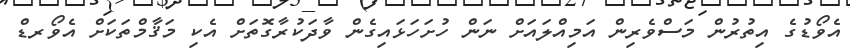
އެވޯޑުގެ އިތުރުން މަސްވެރިން އަމިއްލައަށް ނަން ހުށަހަޅައިގެން ވާދަކުރާގޮތަށް އެކި މަޤާމްތަކަށް އެވޯރޑް